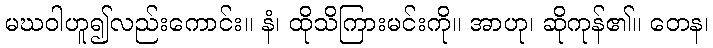
မဃဝါဟူ၍လည်းကောင်း။ နံ၊ ထိုသိကြားမင်းကို။ အာဟု၊ ဆိုကုန်၏။ တေန၊